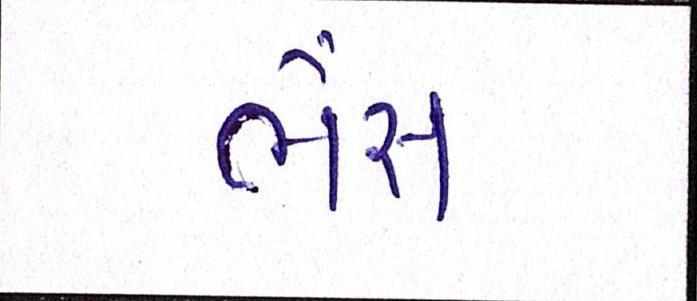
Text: ભેંસ